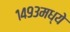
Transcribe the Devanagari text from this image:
१४९३मध्ये